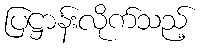
ပြဋ္ဌာန်းလိုက်သည့်